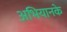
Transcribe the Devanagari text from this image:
अभियानके